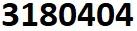
3180404